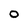
Character: 0